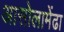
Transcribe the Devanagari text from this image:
आसोलामेंढा